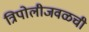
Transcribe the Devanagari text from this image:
त्रिपोलीजवळची